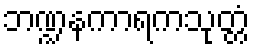
ဘဏ္ဍနကာရကသုတ္တံ